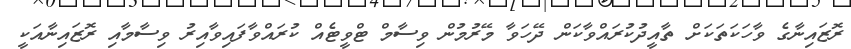
ރޮޒައިނާގެ ވާހަކަތަކަށް ތާއީދުކުރައްވާކަން ދޭހަވާ މޭރުމުން ވިސާމް ޓްވީޓެއް ކުރައްވާފައިވާއިރު ވިސާމާއި ރޮޒައިނާއަކީ